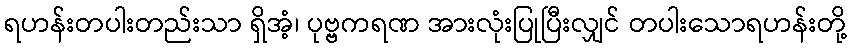
ရဟန်းတပါးတည်းသာ ရှိအံ့၊ ပုဗ္ဗကရဏ အားလုံးပြုပြီးလျှင် တပါးသောရဟန်းတို့